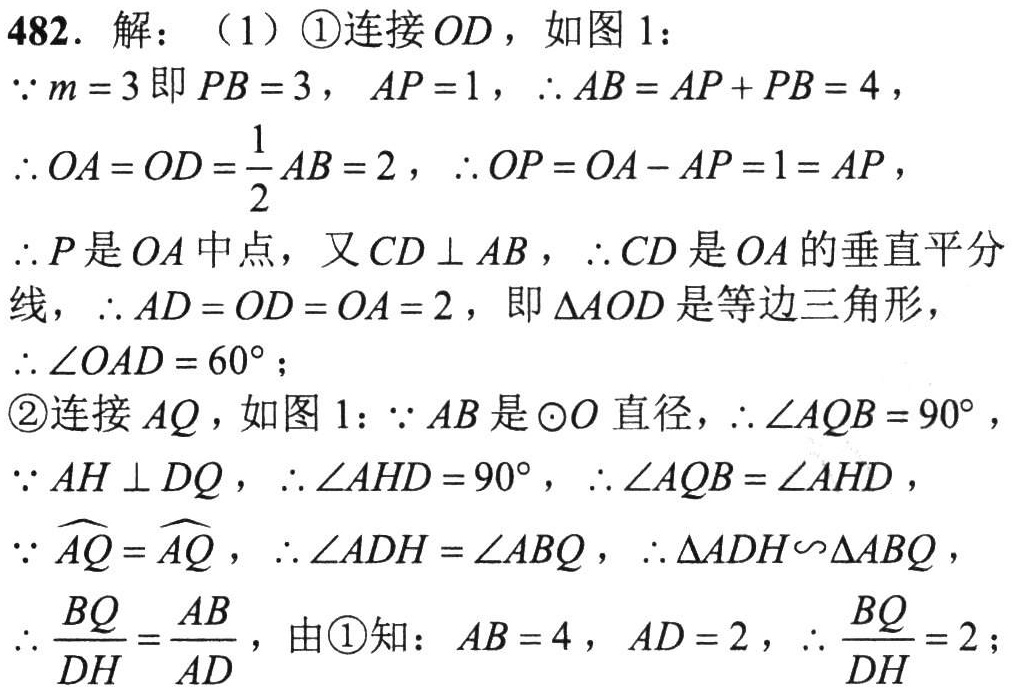
482. 解：（1）\textcircled{1}连接 \(OD\)，如图 1：
\(\because m = 3\)即 \(PB = 3\)，\(AP = 1\)，\(\therefore AB=AP + PB = 4\)，
\(\therefore OA=OD=\frac{1}{2}AB = 2\)，\(\therefore OP = OA - AP = 1=AP\)，
\(\therefore P\)是 \(OA\)中点，又 \(CD\perp AB\)，\(\therefore CD\)是 \(OA\)的垂直平分线，\(\therefore AD = OD = OA = 2\)，即 \(\triangle AOD\)是等边三角形，
\(\therefore \angle OAD = 60^{\circ}\)；
\textcircled{2}连接 \(AQ\)，如图 1：\(\because AB\)是\(\odot O\)直径，\(\therefore \angle AQB = 90^{\circ}\)，
\(\because AH\perp DQ\)，\(\therefore \angle AHD = 90^{\circ}\)，\(\therefore \angle AQB=\angle AHD\)，
\(\because \overset{\frown}{AQ}=\overset{\frown}{AQ}\)，\(\therefore \angle ADH=\angle ABQ\)，\(\therefore \triangle ADH\sim\triangle ABQ\)，
\(\therefore \frac{BQ}{DH}=\frac{AB}{AD}\)，由\textcircled{1}知：\(AB = 4\)，\(AD = 2\)，\(\therefore \frac{BQ}{DH}=2\)；